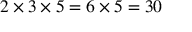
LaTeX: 2 \times 3 \times 5 = 6 \times 5 = 3 0